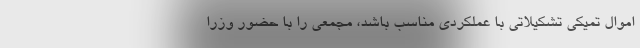
اموال تمیکی تشکیلاتی با عملکردی مناسب باشد، مجمعی را با حضور وزرا